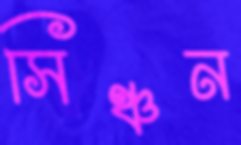
সিঞ্চন